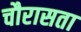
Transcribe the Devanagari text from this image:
चौरासता